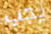
يجب